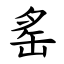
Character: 䍃